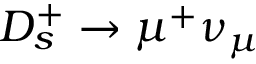
D _ { s } ^ { + } \to \mu ^ { + } \nu _ { \mu }